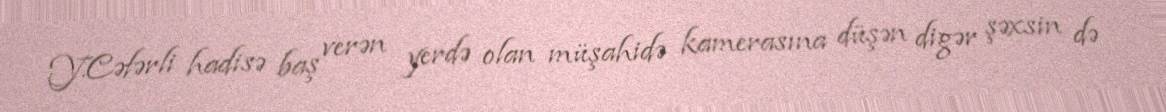
Y.Cəfərli hadisə baş verən yerdə olan müşahidə kamerasına düşən digər şəxsin də